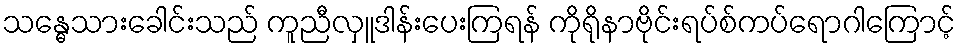
သန္ဓေသားခေါင်းသည် ကူညီလှူဒါန်းပေးကြရန် ကိုရိုနာဗိုင်းရပ်စ်ကပ်ရောဂါကြောင့်